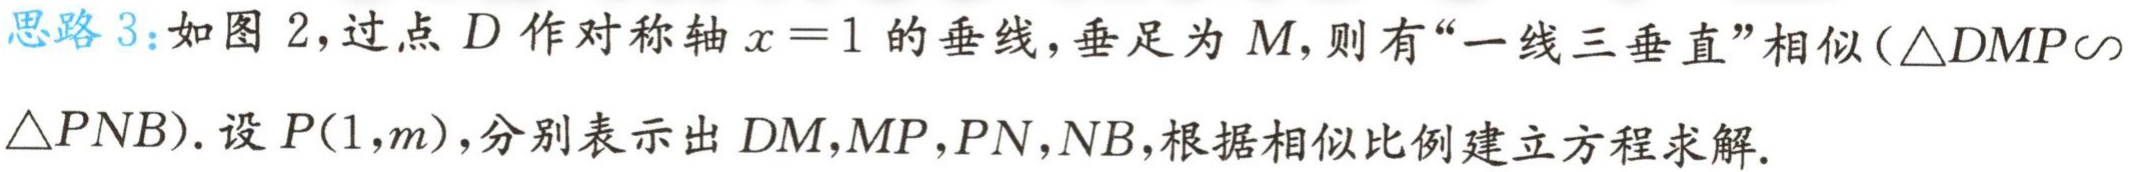
思路 3：如图 2，过点 \(D\) 作对称轴 \(x = 1\) 的垂线，垂足为 \(M\)，则有“一线三垂直”相似\((\triangle DMP\sim\triangle PNB)\). 设 \(P(1,m)\)，分别表示出 \(DM,MP,PN,NB\)，根据相似比例建立方程求解.